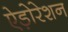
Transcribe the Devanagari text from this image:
ऐड़ोरेशन